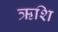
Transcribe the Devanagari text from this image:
ऋशि